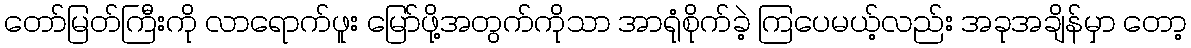
တော်မြတ်ကြီးကို လာရောက်ဖူး မြော်ဖို့အတွက်ကိုသာ အာရုံစိုက်ခဲ့ ကြပေမယ့်လည်း အခုအချိန်မှာ တော့